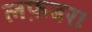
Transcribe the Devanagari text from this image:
लफ़बरा